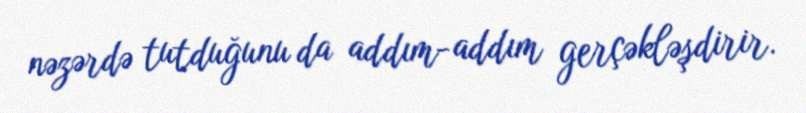
nəzərdə tutduğunu da addım-addım gerçəkləşdirir.